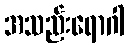
အသည်းရောဂါ